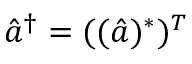
\hat { a } ^ { \dagger } = ( ( \hat { a } ) ^ { * } ) ^ { T }